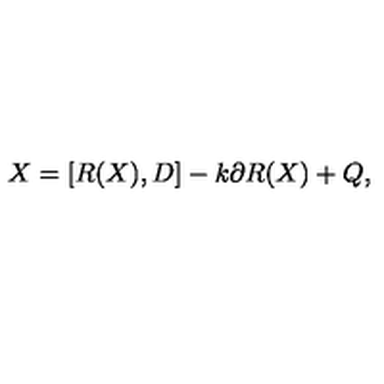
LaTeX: X = [ R ( X ) , D ] - k \partial R ( X ) + Q ,